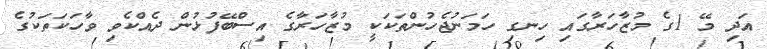
އަދި މޭ 1ގެ މުޒާހަރާގައި ހިނގި ހަމަނުޖެހުންތަކަކީ މުޒާހަރާގެ އިސްބޭފުޅުން ދެއްކެވި ވާހަކަތަކުގެ